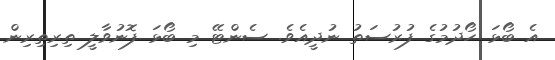
އެ ބޯޅަ ހޯދުމުގެ ފުރުސަތު ނުދީއެވެ. ސެންޓޭ މި ބޯޅަ ފޮނުވާލީ ތިރިތިރިން